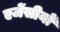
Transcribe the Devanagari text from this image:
एजेंसीयों